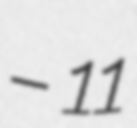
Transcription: – 11